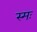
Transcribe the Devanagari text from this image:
स्मः